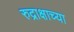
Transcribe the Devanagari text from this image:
रुद्राक्षाच्या